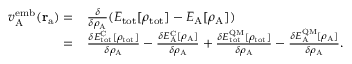
\begin{array} { r l } { v _ { \mathrm { A } } ^ { \mathrm { e m b } } ( \mathbf { r } _ { \mathrm { a } } ) = } & { \frac { \delta } { \delta \rho _ { \mathrm { A } } } ( E _ { \mathrm { t o t } } [ \rho _ { \mathrm { t o t } } ] - E _ { \mathrm { A } } [ \rho _ { \mathrm { A } } ] ) } \\ { = } & { \frac { \delta E _ { \mathrm { t o t } } ^ { \mathrm { C } } [ \rho _ { \mathrm { t o t } } ] } { \delta \rho _ { \mathrm { A } } } - \frac { \delta E _ { \mathrm { A } } ^ { \mathrm { C } } [ \rho _ { \mathrm { A } } ] } { \delta \rho _ { \mathrm { A } } } + \frac { \delta E _ { \mathrm { t o t } } ^ { \mathrm { Q M } } [ \rho _ { \mathrm { t o t } } ] } { \delta \rho _ { \mathrm { A } } } - \frac { \delta E _ { \mathrm { A } } ^ { \mathrm { Q M } } [ \rho _ { \mathrm { A } } ] } { \delta \rho _ { \mathrm { A } } } . } \end{array}